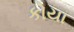
કોયા